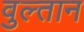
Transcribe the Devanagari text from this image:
वुल्तान